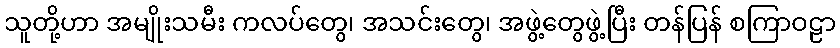
သူတို့ဟာ အမျိုးသမီး ကလပ်တွေ၊ အသင်းတွေ၊ အဖွဲ့တွေဖွဲ့ပြီး တန်ပြန် စကြာဝဠာ